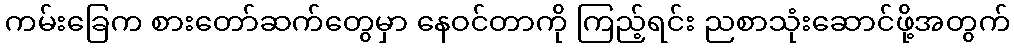
ကမ်းခြေက စားတော်ဆက်တွေမှာ နေဝင်တာကို ကြည့်ရင်း ညစာသုံးဆောင်ဖို့အတွက်